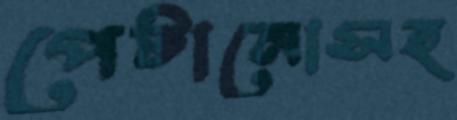
পেটানোসহ